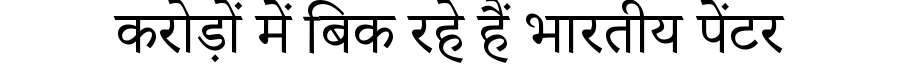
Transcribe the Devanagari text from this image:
करोड़ों में बिक रहे हैं भारतीय पेंटर